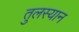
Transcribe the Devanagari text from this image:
तुलस्यान